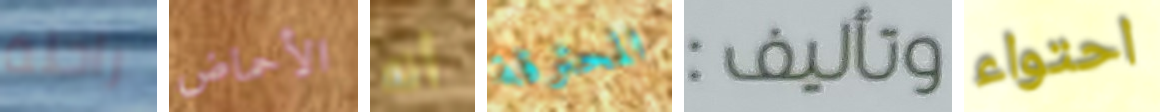
راحلة الأحماض أنه المحترقة وتأليف: احتواء